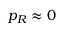
p _ { R } \approx 0